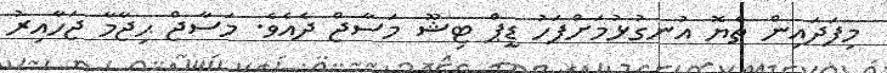
މިފަދައިން ތެޔޮ އުނގުޅުމަށްފަހު ޑީޕް ޓިޝޫ މަސާޖް ދެއެވެ. މަސާޖް ޙިޖާމާ ޖަހާއިރު